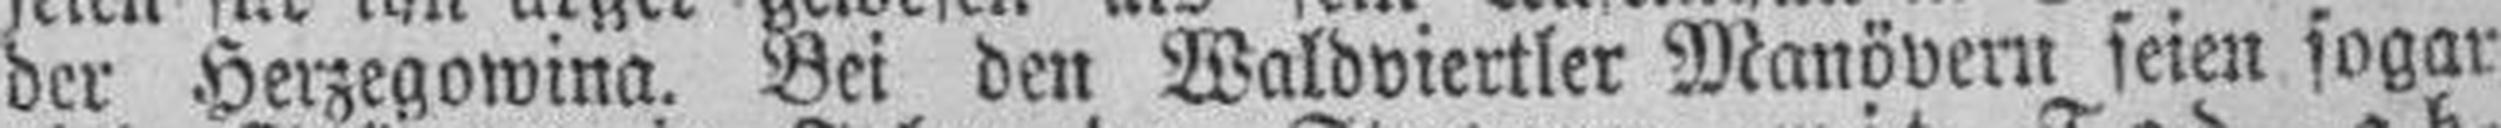
der Herzegowina. Bei den Waldviertler Manövern seien sogar